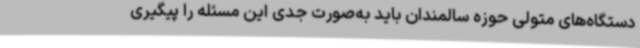
دستگاه‌های متولی حوزه سالمندان باید به‌صورت جدی این مسئله را پیگیری